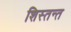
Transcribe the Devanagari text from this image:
शिस्तन्त